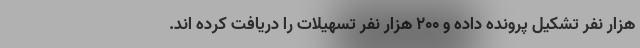
هزار نفر تشکیل پرونده داده و ۲۰۰ هزار نفر تسهیلات را دریافت کرده اند.